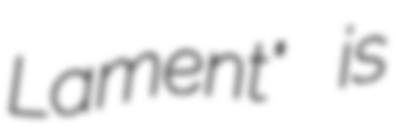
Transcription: Lament" is